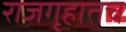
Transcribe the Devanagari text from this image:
राजगृहातच